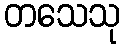
တသေသု